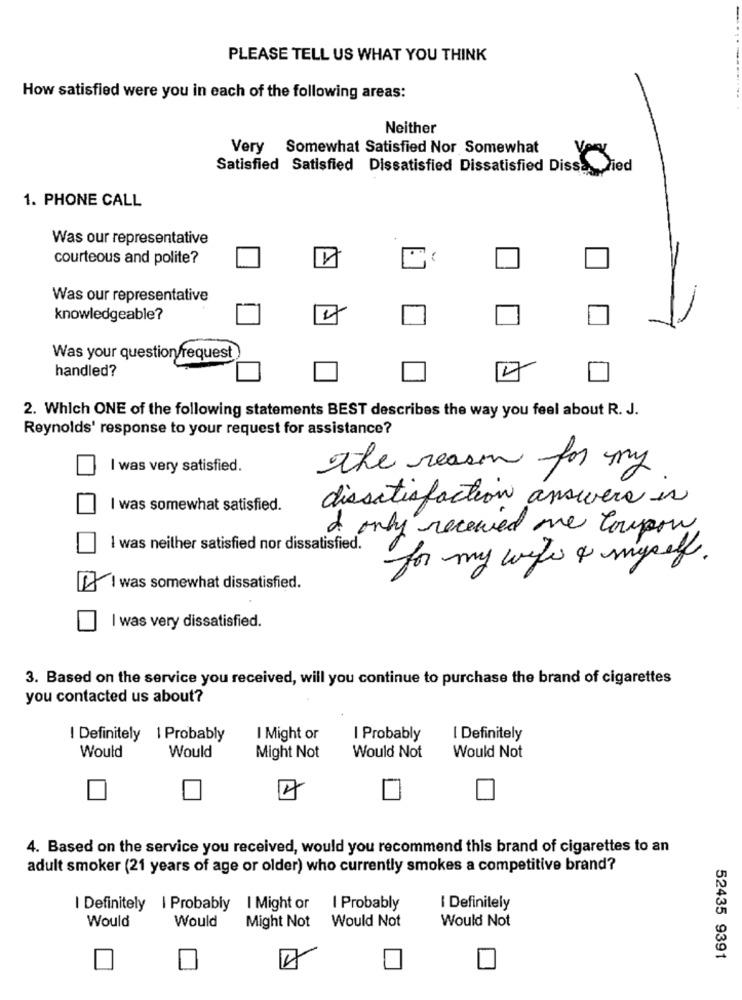
PLEASE TELL US WHAT YOU THINK
How satisfied were you in each of the following areas:
Neither
Very Somewhat Satisfied Nor Somewhat
Satisfied Satisfied Dissatisfied Dissatisfied Dissa died
1. PHONE CALL
Was our representative
courteous and polite?
Was our representative
knowledgeable?
Was your question request
handled?
4
2. Which ONE of the following statements BEST describes the way you feel about R. J.
Reynolds' response to your request for assistance?
I was very satisfied.
the reason for my
dissatisfaction answers is
I was somewhat satisfied.
I only received one Coupon
I was neither satisfied nor dissatisfied.
for my wife & myself.
I was somewhat dissatisfied.
I was very dissatisfied.
3. Based on the service you received, will you continue to purchase the brand of cigarettes
you contacted us about?
I Definitely | Probably
I Might or
I Probably
I Definitely
Would
Would
Might Not
Would Not
Would Not
4
4. Based on the service you received, would you recommend this brand of cigarettes to an
adult smoker (21 years of age or older) who currently smokes a competitive brand?
I Definitely | Probably | Might or
I Probably
I Definitely
Would
Would
Would Not
Would Not
Might Not
52435 9391